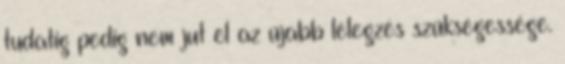
tudatig pedig nem jut el az újabb lélegzés szükségessége.